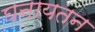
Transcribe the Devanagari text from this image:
घनायतन